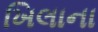
ખિલાના